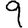
Digit: 9